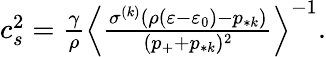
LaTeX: \begin{array}{r}{c_{s}^{2}=\frac{\gamma}{\rho}\Big\langle\frac{\sigma^{(k)}(\rho(\varepsilon-\varepsilon_{0})-p_{*k})}{(p_{+}+p_{*k})^{2}}\Big\rangle^{-1}.}\end{array}